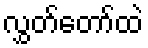
လွှတ်တော်ထဲ